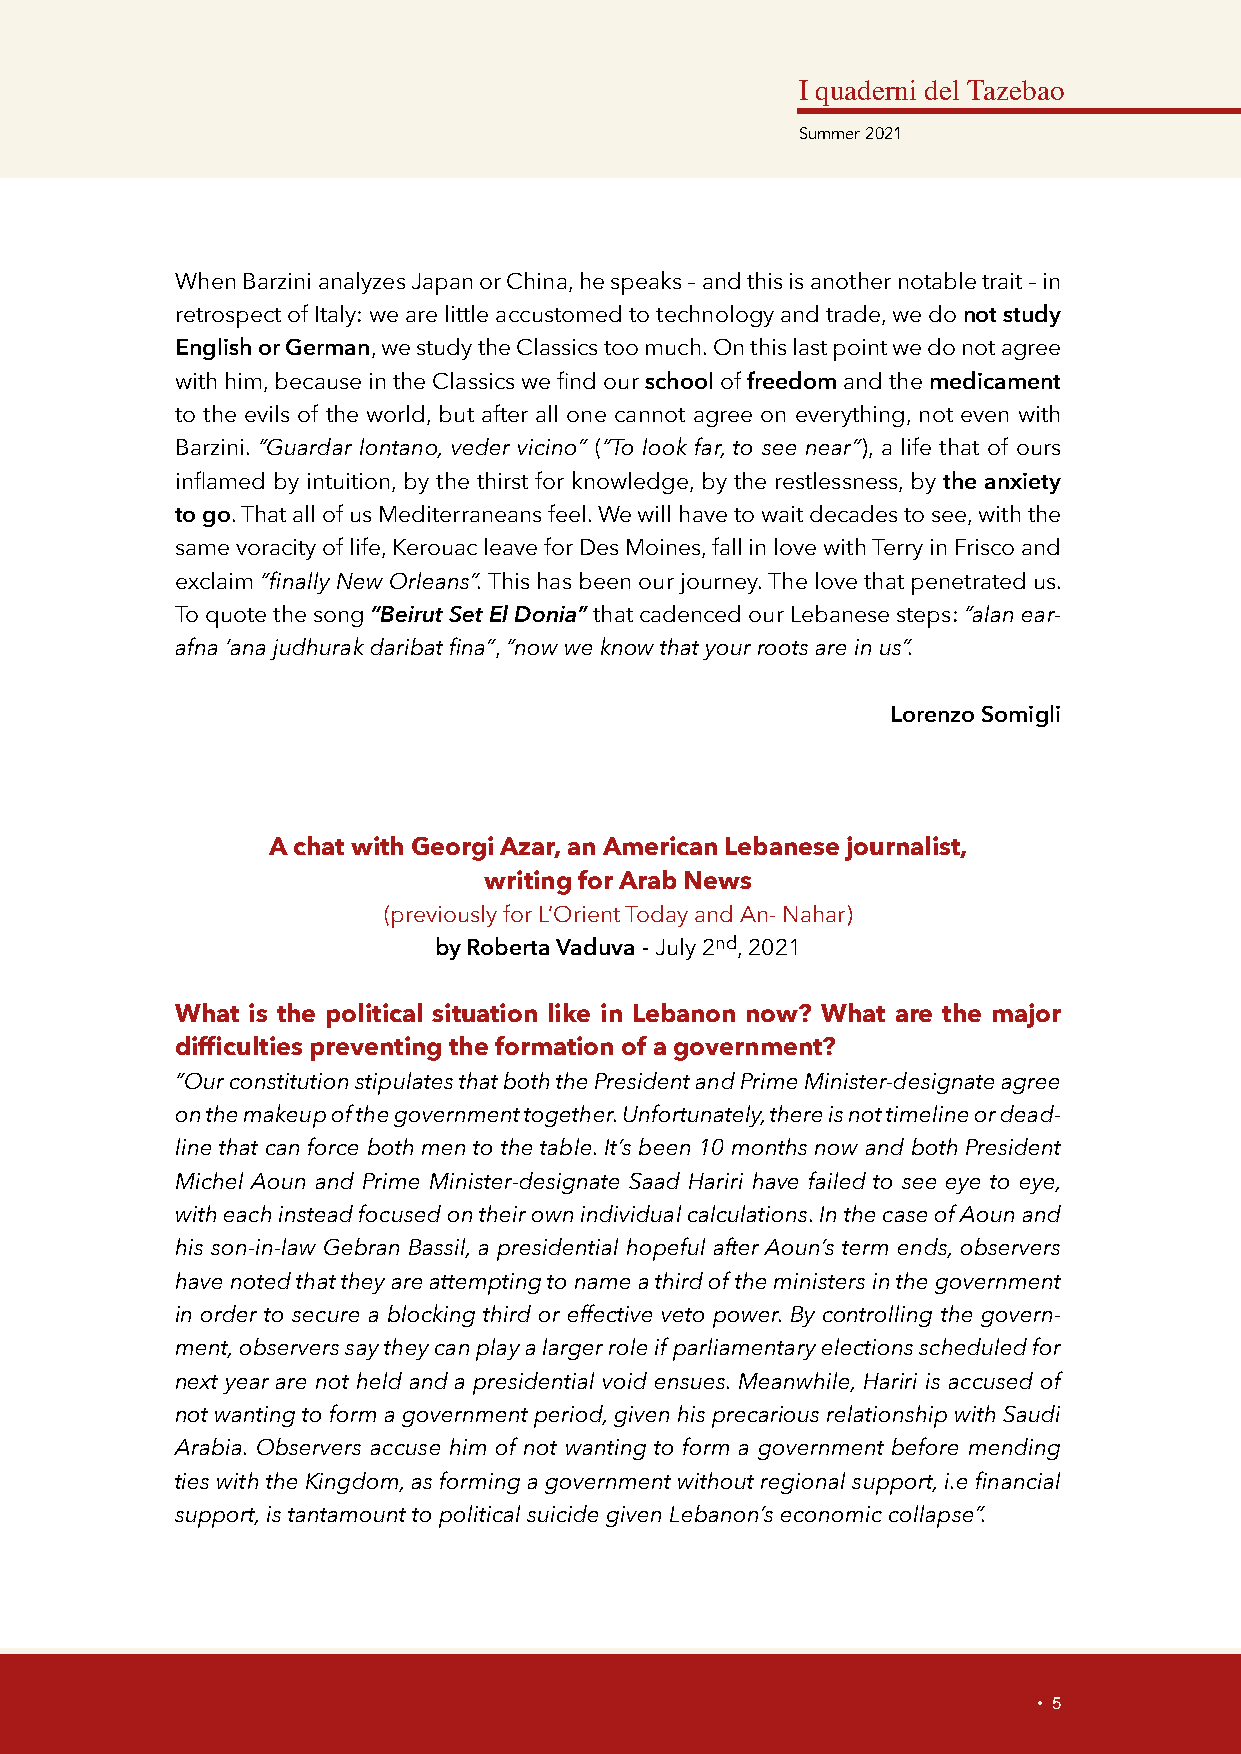
I quaderni del Tazebao
 Summer 2021
 When Barzini analyzes Japan or China, he speaks – and this is another notable trait – in
 retrospect of Italy: we are little accustomed to technology and trade, we do not study
 English or German, we study the Classics too much. On this last point we do not agree
 with him, because in the Classics we find our school of freedom and the medicament
 to the evils of the world, but after all one cannot agree on everything, not even with
 Barzini. “Guardar lontano, veder vicino” (“To look far, to see near”), a life that of ours
 inflamed by intuition, by the thirst for knowledge, by the restlessness, by the anxiety
 to go. That all of us Mediterraneans feel. We will have to wait decades to see, with the
 same voracity of life, Kerouac leave for Des Moines, fall in love with Terry in Frisco and
 exclaim “finally New Orleans”. This has been our journey. The love that penetrated us.
 To quote the song “Beirut Set El Donia” that cadenced our Lebanese steps: “alan ear-
 afna ‘ana judhurak daribat fina”, “now we know that your roots are in us”.
 Lorenzo Somigli
 A chat with Georgi Azar, an American Lebanese journalist,
 writing for Arab News
 (previously for L’Orient Today and An- Nahar)
 by Roberta Vaduva - July 2nd, 2021
 What is the political situation like in Lebanon now? What are the major
 difficulties preventing the formation of a government?
 “Our constitution stipulates that both the President and Prime Minister-designate agree
 on the makeup of the government together. Unfortunately, there is not timeline or dead-
 line that can force both men to the table. It’s been 10 months now and both President
 Michel Aoun and Prime Minister-designate Saad Hariri have failed to see eye to eye,
 with each instead focused on their own individual calculations. In the case of Aoun and
 his son-in-law Gebran Bassil, a presidential hopeful after Aoun’s term ends, observers
 have noted that they are attempting to name a third of the ministers in the government
 in order to secure a blocking third or effective veto power. By controlling the govern-
 ment, observers say they can play a larger role if parliamentary elections scheduled for
 next year are not held and a presidential void ensues. Meanwhile, Hariri is accused of
 not wanting to form a government period, given his precarious relationship with Saudi
 Arabia. Observers accuse him of not wanting to form a government before mending
 ties with the Kingdom, as forming a government without regional support, i.e financial
 support, is tantamount to political suicide given Lebanon’s economic collapse”.
 • 5